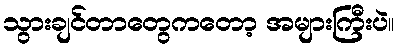
သွားချင်တာတွေကတော့ အများကြီးပဲ။